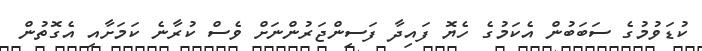
ކުޑަވުމުގެ ސަބަބުން އެކަމުގެ ހެޔޮ ފައިދާ ފަސިންޖަރުންނަށް ވެސް ކުރާނެ ކަމަށާއި އެގޮތުން